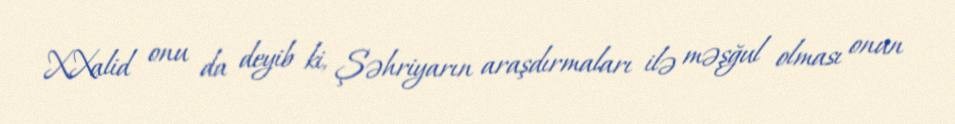
X.Xalid onu da deyib ki, Şəhriyarın araşdırmaları ilə məşğul olması onun